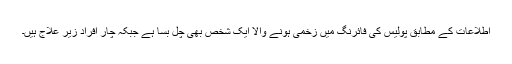
اطلاعات کے مطابق پولیس کی فائرنگ میں زخمی ہونے والا ایک شخص بھی چل بسا ہے جبکہ چار افراد زیر علاج ہیں۔